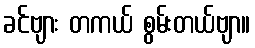
ခင်ဗျား တကယ် စွမ်းတယ်ဗျာ။